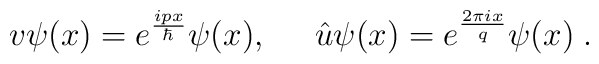
v \psi (x) = e^{\frac{ipx}{\hbar}} \psi(x),     \;\;\;\;\; \hat{u} \psi (x) = e^{\frac{2 \pi i x}{q}} \psi (x) \; .